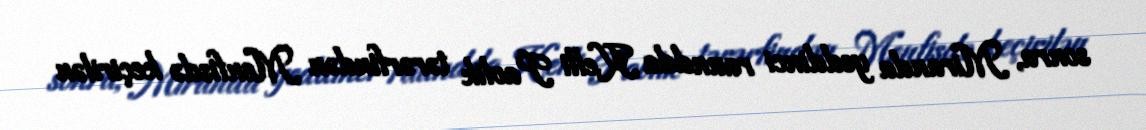
sonra, Miranda yeddinci raundda Kelli Pavlik tərərfindən Menfisdə keçirilən